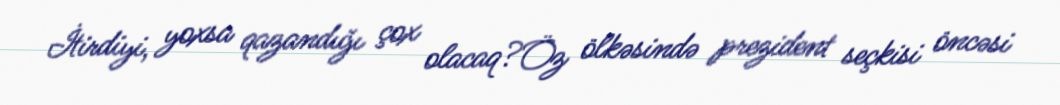
İtirdiyi, yoxsa qazandığı çox olacaq?Öz ölkəsində prezident seçkisi öncəsi